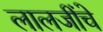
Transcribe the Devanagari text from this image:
लालजींचे